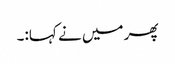
پھر میں نے کہا:۔